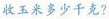
收玉米多少千克?